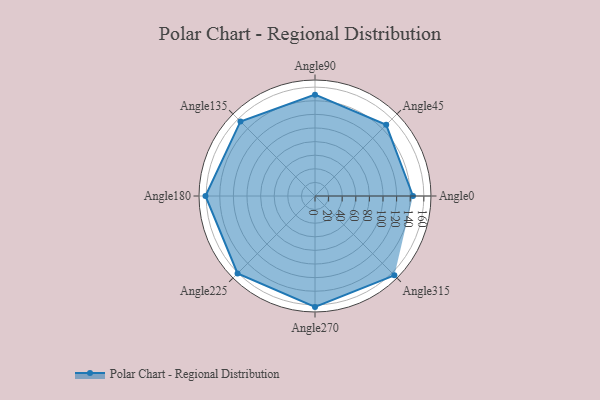
{"axis": {"x": "Angle", "y": "Radius"}, "legend": [""], "data": [{"x": "Angle0", "y": 144.0, "type": ""}, {"x": "Angle45", "y": 148.0, "type": ""}, {"x": "Angle90", "y": 149.0, "type": ""}, {"x": "Angle135", "y": 155.0, "type": ""}, {"x": "Angle180", "y": 161.0, "type": ""}, {"x": "Angle225", "y": 161.0, "type": ""}, {"x": "Angle270", "y": 163.0, "type": ""}, {"x": "Angle315", "y": 165.0, "type": ""}]}